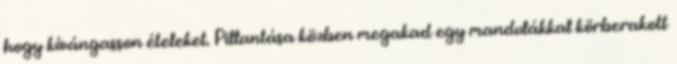
hogy kívángasson ételeket. Pillantása közben megakad egy mandulákkal körberakott